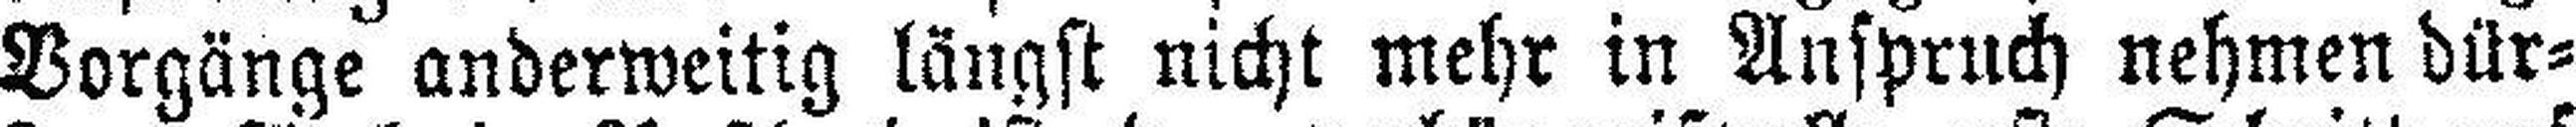
Vorgänge anderweitig längst nicht mehr in Anspruch nehmen dür¬